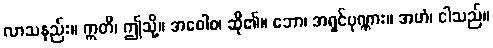
လာသနည်း။ ဣတိ၊ ဤသို့။ အဝေါစ၊ ဆို၏။ ဘော၊ အရှင်ပုဏ္ဏား။ အဟံ၊ ငါသည်။